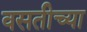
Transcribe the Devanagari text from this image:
वसतीच्या